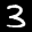
Label: 3